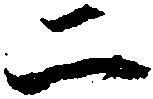
二